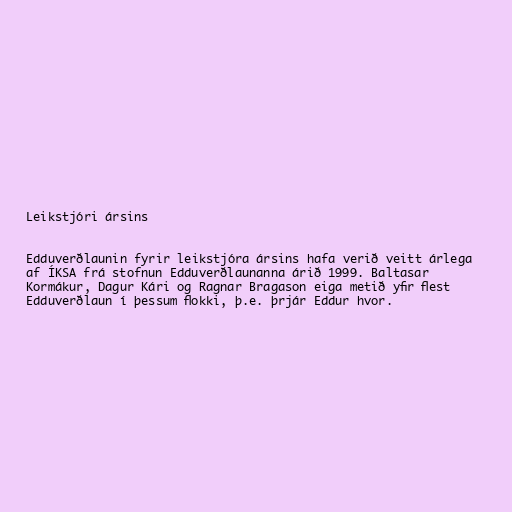
Leikstjóri ársins

Edduverðlaunin fyrir leikstjóra ársins hafa verið veitt árlega
af ÍKSA frá stofnun Edduverðlaunanna árið 1999. Baltasar
Kormákur, Dagur Kári og Ragnar Bragason eiga metið yfir flest
Edduverðlaun í þessum flokki, þ.e. þrjár Eddur hvor.